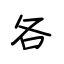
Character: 各